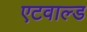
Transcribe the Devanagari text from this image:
एटवाल्ड